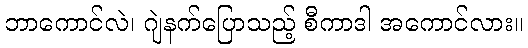
ဘာကောင်လဲ၊ ဂျဲနက်ပြောသည့် စီကာဒါ အကောင်လား။